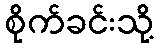
စိုက်ခင်းသို့